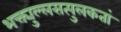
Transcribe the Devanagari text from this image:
भक्त्युल्लसत्पुलकतां